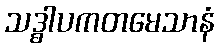
သဒ္ဓါပကတမေသာနံ